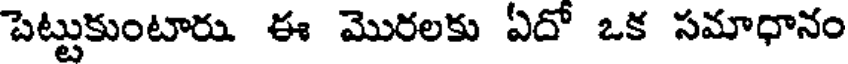
పెట్టుకుంటారు ఈ మొరలకు ఏదో ఒక సమాధానం